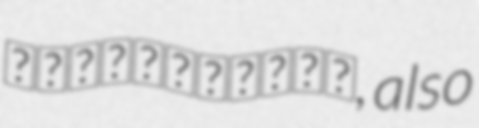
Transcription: داروندسرتنگ, also